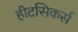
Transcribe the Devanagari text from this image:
हीटसिकर्स